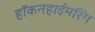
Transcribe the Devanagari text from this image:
हॉकनहाईमरिंग